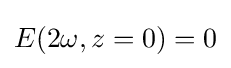
E(2\omega ,z=0)=0